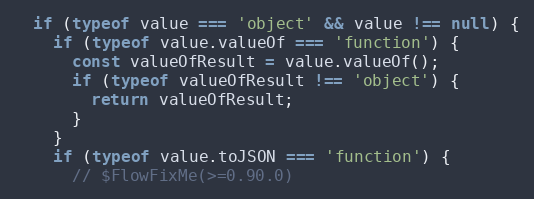
Language: JavaScript
  if (typeof value === 'object' && value !== null) {
    if (typeof value.valueOf === 'function') {
      const valueOfResult = value.valueOf();
      if (typeof valueOfResult !== 'object') {
        return valueOfResult;
      }
    }
    if (typeof value.toJSON === 'function') {
      // $FlowFixMe(>=0.90.0)